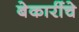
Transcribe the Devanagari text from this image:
बेकारींचे